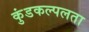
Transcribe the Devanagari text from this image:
कुंडकल्पलता